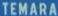
TEMARA